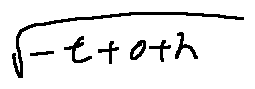
\sqrt { - t - o + h }